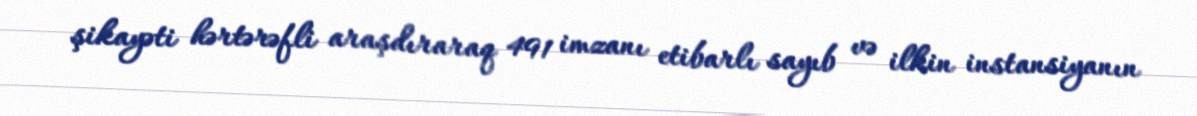
şikayəti hərtərəfli araşdıraraq 491 imzanı etibarlı sayıb və ilkin instansiyanın